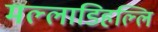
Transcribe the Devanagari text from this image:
मल्‍लाडिहल्‍लि